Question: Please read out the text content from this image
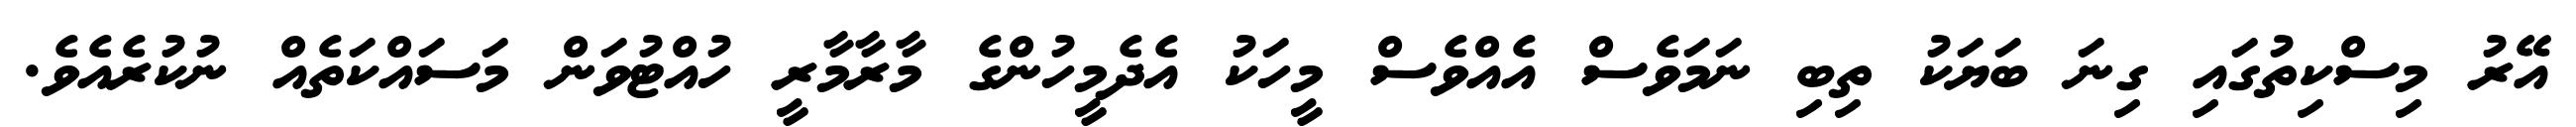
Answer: އޭރު މިސްކިތުގައި ގިނަ ބަޔަކު ތިބި ނަމަވެސް އެއްވެސް މީހަކު އެދެމީހުންގެ މާރާމާރީ ހުއްޓުވަން މަސައްކަތެއް ނުކުރެއެވެ.